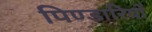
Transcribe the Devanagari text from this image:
पिण्डारियों